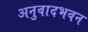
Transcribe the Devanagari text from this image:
अनुवादभवन